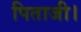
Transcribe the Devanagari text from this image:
पिताजी।